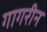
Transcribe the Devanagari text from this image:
गागरीन